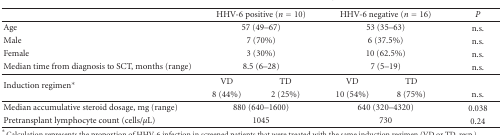
<table><thead><tr><td><b> </b></td><td colspan="2"><b>HHV-6 positive (<i>n</i> = 10)</b></td><td colspan="2"><b>HHV-6 negative (<i>n</i> = 16)</b></td><td><b><i>P</i></b></td></tr></thead><tbody><tr><td>Age </td><td colspan="2">57 (49–67)</td><td colspan="2">53 (35–63)</td><td>n.s.</td></tr><tr><td>Male</td><td colspan="2">7 (70%)</td><td colspan="2">6 (37.5%)</td><td>n.s.</td></tr><tr><td>Female</td><td colspan="2">3 (30%)</td><td colspan="2">10 (62.5%)</td><td>n.s.</td></tr><tr><td>Median time from diagnosis to SCT, months (range)</td><td colspan="2">8.5 (6–28)</td><td colspan="2">7 (5–19)</td><td>n.s.</td></tr><tr><td rowspan="2">Induction regimen*</td><td>VD</td><td>TD</td><td>VD</td><td>TD</td><td> </td></tr><tr><td>8 (44%)</td><td>2 (25%)</td><td>10 (54%)</td><td>8 (75%)</td><td>n.s.</td></tr><tr><td>Median accumulative steroid dosage, mg (range)</td><td colspan="2">880 (640–1600)</td><td colspan="2">640 (320–4320)</td><td>0.038</td></tr><tr><td>Pretransplant lymphocyte count (cells/<i>μ</i>L)</td><td colspan="2">1045</td><td colspan="2">730</td><td>0.24</td></tr></tbody></table>